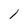
Character: l